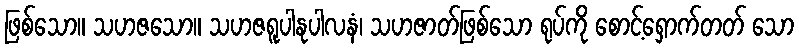
ဖြစ်သော။ သဟဇသော။ သဟဇရူပါနုပါလနံ၊ သဟဇာတ်ဖြစ်သော ရုပ်ကို စောင့်ရှောက်တတ် သော